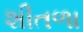
શીતળા